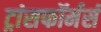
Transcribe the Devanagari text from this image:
ट्रांसफॉर्मर्स